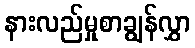
နားလည်မှုစာချွန်လွှာ